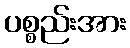
ပစ္စည်းအား